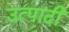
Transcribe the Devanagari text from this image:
उत्पादी